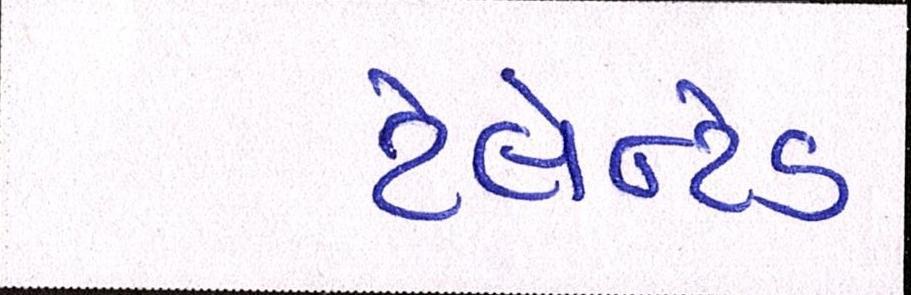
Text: ટેલેન્ટેડ